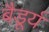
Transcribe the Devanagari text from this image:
बैडूर्य